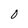
Character: 0